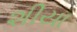
શીયા